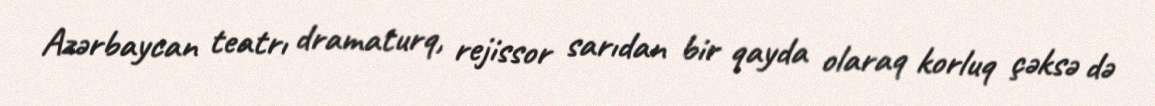
Azərbaycan teatrı dramaturq, rejissor sarıdan bir qayda olaraq korluq çəksə də